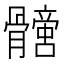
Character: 𩪩